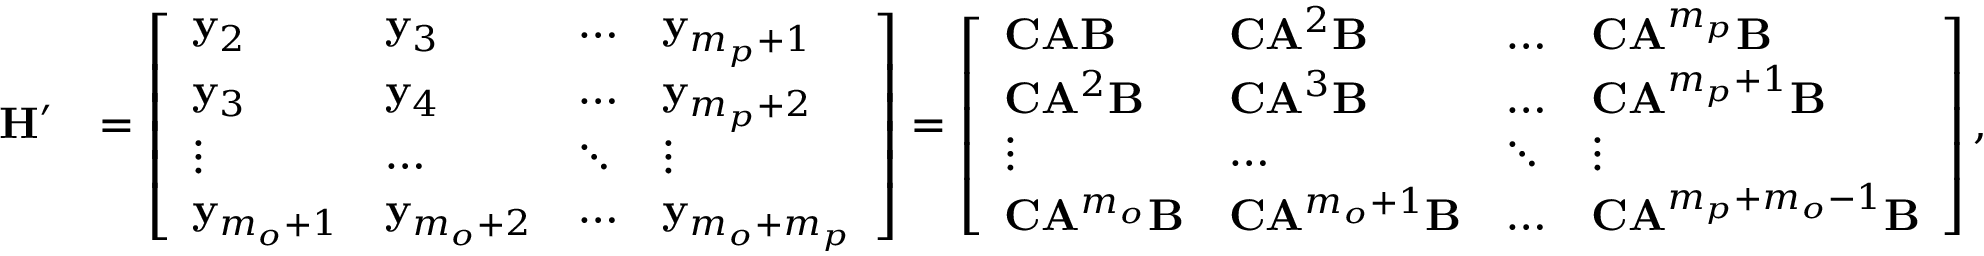
\begin{array} { r l } { \mathbf { H } ^ { \prime } } & { = \left[ \begin{array} { l l l l } { \mathbf { y } _ { 2 } } & { \mathbf { y } _ { 3 } } & { \dots } & { \mathbf { y } _ { m _ { p } + 1 } } \\ { \mathbf { y } _ { 3 } } & { \mathbf { y } _ { 4 } } & { \dots } & { \mathbf { y } _ { m _ { p } + 2 } } \\ { \vdots } & { \dots } & { \ddots } & { \vdots } \\ { \mathbf { y } _ { m _ { o } + 1 } } & { \mathbf { y } _ { m _ { o } + 2 } } & { \dots } & { \mathbf { y } _ { m _ { o } + m _ { p } } } \end{array} \right] = \left[ \begin{array} { l l l l } { \mathbf { C } \mathbf { A } \mathbf { B } } & { \mathbf { C } \mathbf { A } ^ { 2 } \mathbf { B } } & { \dots } & { \mathbf { C } \mathbf { A } ^ { m _ { p } } \mathbf { B } } \\ { \mathbf { C } \mathbf { A } ^ { 2 } \mathbf { B } } & { \mathbf { C } \mathbf { A } ^ { 3 } \mathbf { B } } & { \dots } & { \mathbf { C } \mathbf { A } ^ { m _ { p } + 1 } \mathbf { B } } \\ { \vdots } & { \dots } & { \ddots } & { \vdots } \\ { \mathbf { C } \mathbf { A } ^ { m _ { o } } \mathbf { B } } & { \mathbf { C } \mathbf { A } ^ { m _ { o } + 1 } \mathbf { B } } & { \dots } & { \mathbf { C } \mathbf { A } ^ { m _ { p } + m _ { o } - 1 } \mathbf { B } } \end{array} \right] , } \end{array}